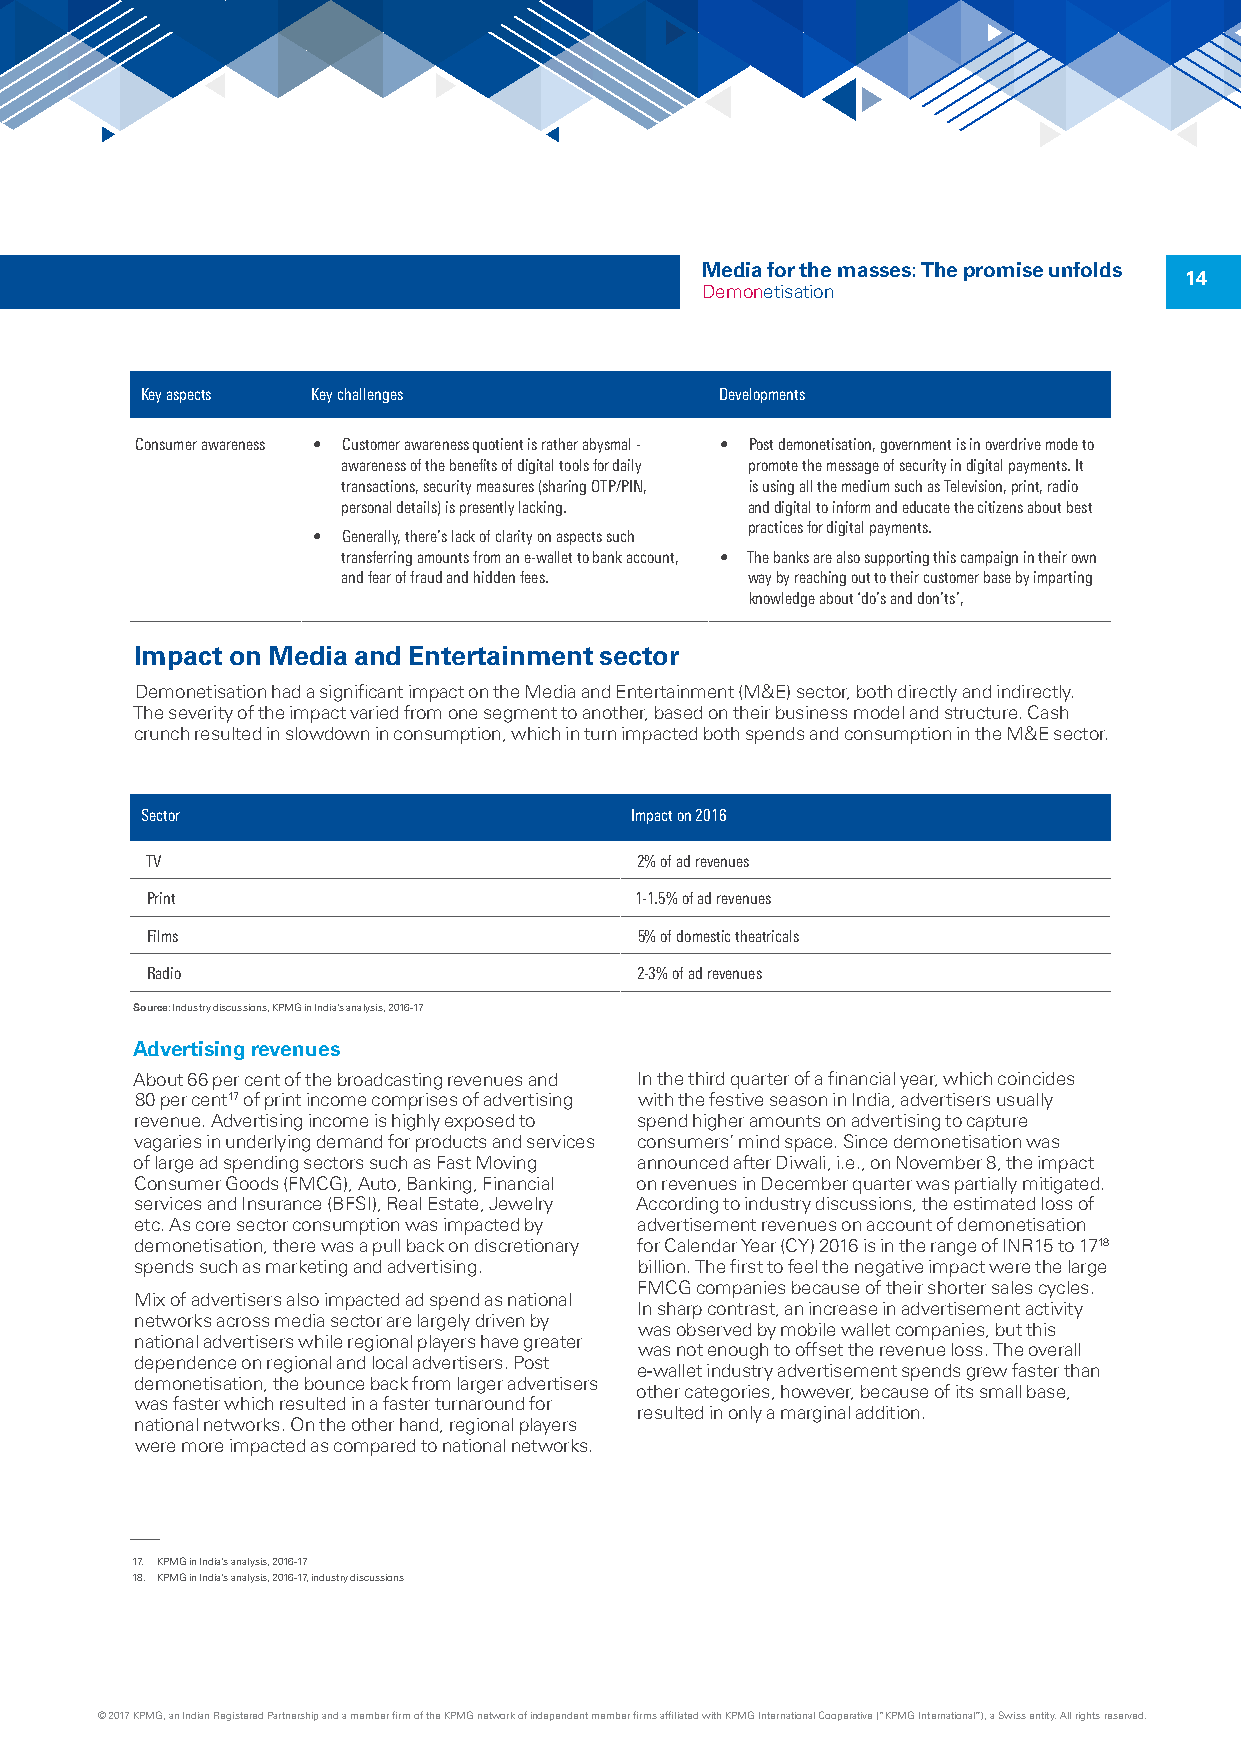
Media for the masses: The promise unfolds
 14
 Demonetisation
 Key aspects Key challenges             Developments
 Consumer awareness • Customer awareness quotient is rather abysmal - • Post demonetisation, government is in overdrive mode to
 awareness of the benefits of digital tools for daily promote the message of security in digital payments. It
 transactions, security measures (sharing OTP/PIN, is using all the medium such as Television, print, radio
 personal details) is presently lacking. and digital to inform and educate the citizens about best
 practices for digital payments.
 • Generally, there’s lack of clarity on aspects such
 transferring amounts from an e-wallet to bank account, • The banks are also supporting this campaign in their own
 and fear of fraud and hidden fees. way by reaching out to their customer base by imparting
 knowledge about ‘do’s and don’ts’,
 Impact on Media and Entertainment sector
 Demonetisation had a significant impact on the Media and Entertainment (M&E) sector, both directly and indirectly.
 The severity of the impact varied from one segment to another, based on their business model and structure. Cash
 crunch resulted in slowdown in consumption, which in turn impacted both spends and consumption in the M&E sector.
 Sector                           Impact on 2016
 TV                              2% of ad revenues
 Print                           1-1.5% of ad revenues
 Films                           5% of domestic theatricals
 Radio                           2-3% of ad revenues
 Source: Industry discussions, KPMG in India’s analysis, 2016-17
 Advertising revenues
 About 66 per cent of the broadcasting revenues and In the third quarter of a financial year, which coincides
 80 per cent17 of print income comprises of advertising with the festive season in India, advertisers usually
 revenue. Advertising income is highly exposed to spend higher amounts on advertising to capture
 vagaries in underlying demand for products and services consumers’ mind space. Since demonetisation was
 of large ad spending sectors such as Fast Moving announced after Diwali, i.e., on November 8, the impact
 Consumer Goods (FMCG), Auto, Banking, Financial on revenues in December quarter was partially mitigated.
 services and Insurance (BFSI), Real Estate, Jewelry According to industry discussions, the estimated loss of
 etc. As core sector consumption was impacted by advertisement revenues on account of demonetisation
 demonetisation, there was a pull back on discretionary for Calendar Year (CY) 2016 is in the range of INR15 to 1718
 spends such as marketing and advertising. billion. The first to feel the negative impact were the large
 FMCG companies because of their shorter sales cycles.
 Mix of advertisers also impacted ad spend as national
 In sharp contrast, an increase in advertisement activity
 networks across media sector are largely driven by
 was observed by mobile wallet companies, but this
 national advertisers while regional players have greater
 was not enough to offset the revenue loss. The overall
 dependence on regional and local advertisers. Post
 e-wallet industry advertisement spends grew faster than
 demonetisation, the bounce back from larger advertisers
 other categories, however, because of its small base,
 was faster which resulted in a faster turnaround for
 resulted in only a marginal addition.
 national networks. On the other hand, regional players
 were more impacted as compared to national networks.
 17. KPMG in India’s analysis, 2016-17
 18. KPMG in India’s analysis, 2016-17, industry discussions
 © 2017 KPMG, an Indian Registered Partnership and a member firm of the KPMG network of independent member firms affiliated with KPMG International Cooperative (“KPMG International”), a Swiss entity. All rights reserved.